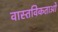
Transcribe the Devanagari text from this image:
वास्तविकताओ